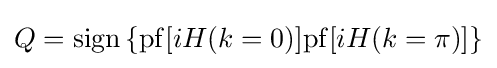
Q=\mathrm {sign} \left\{\mathrm {pf} [iH(k=0)]\mathrm {pf} [iH(k=\pi )]\right\}